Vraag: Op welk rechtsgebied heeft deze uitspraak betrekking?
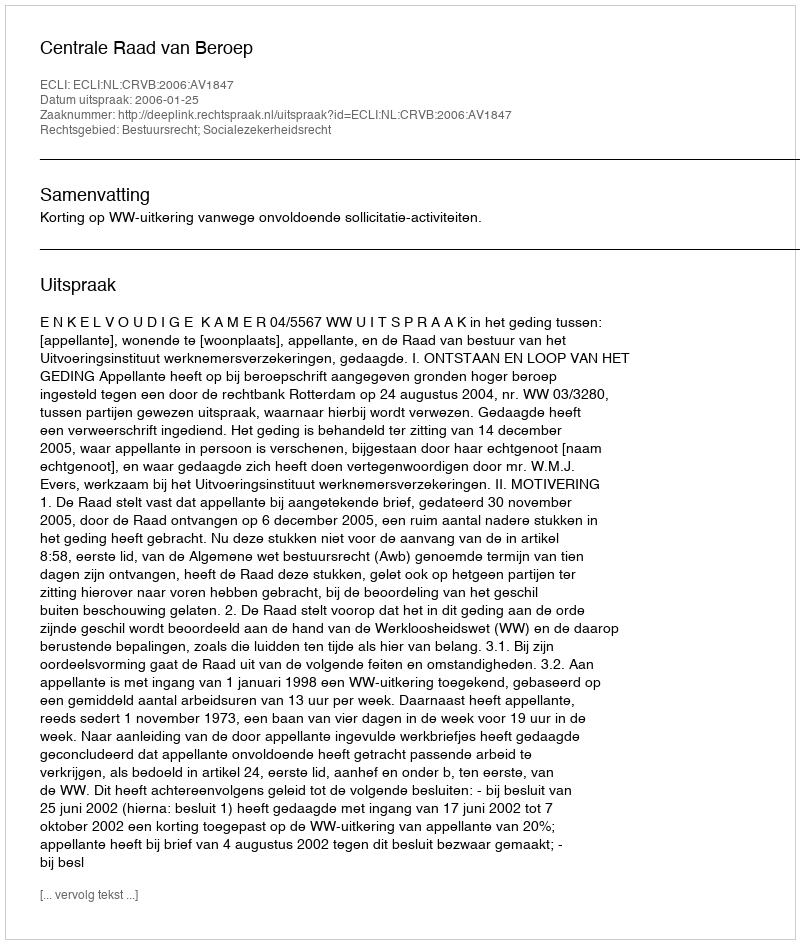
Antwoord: Bestuursrecht; Socialezekerheidsrecht